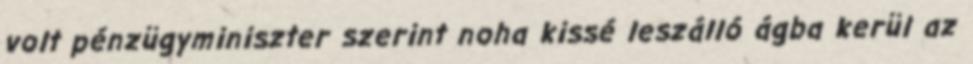
volt pénzügyminiszter szerint noha kissé leszálló ágba kerül az